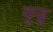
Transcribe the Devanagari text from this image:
कूढू